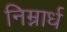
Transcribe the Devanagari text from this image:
निम्नार्ध